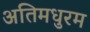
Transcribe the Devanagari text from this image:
अतिमधुरम